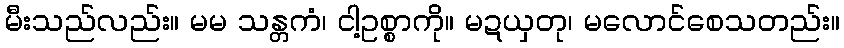
မီးသည်လည်း။ မမ သန္တကံ၊ ငါ့ဥစ္စာကို။ မဍယှတု၊ မလောင်စေသတည်း။